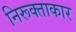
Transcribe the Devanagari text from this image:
निरूक्ताकार